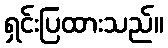
ရှင်းပြထားသည်။